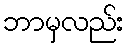
ဘာမှလည်း